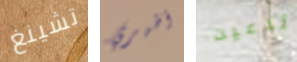
تشينغ أظهري تدعين